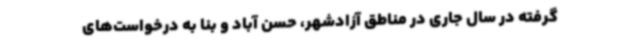
گرفته در سال جاری در مناطق آزادشهر، حسن آباد و بنا به درخواست‌های